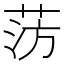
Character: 𫈊